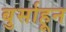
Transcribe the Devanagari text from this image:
बुर्साहून